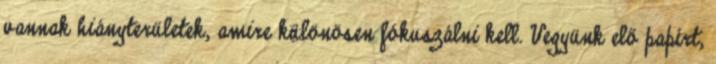
vannak hiányterületek, amire különösen fókuszálni kell. Vegyünk elő papírt,